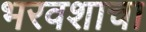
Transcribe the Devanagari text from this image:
भरवशाचा